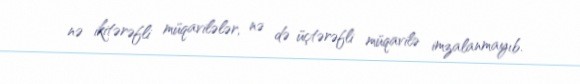
nə ikitərəfli müqavilələr, nə də üçtərəfli müqavilə imzalanmayıb.